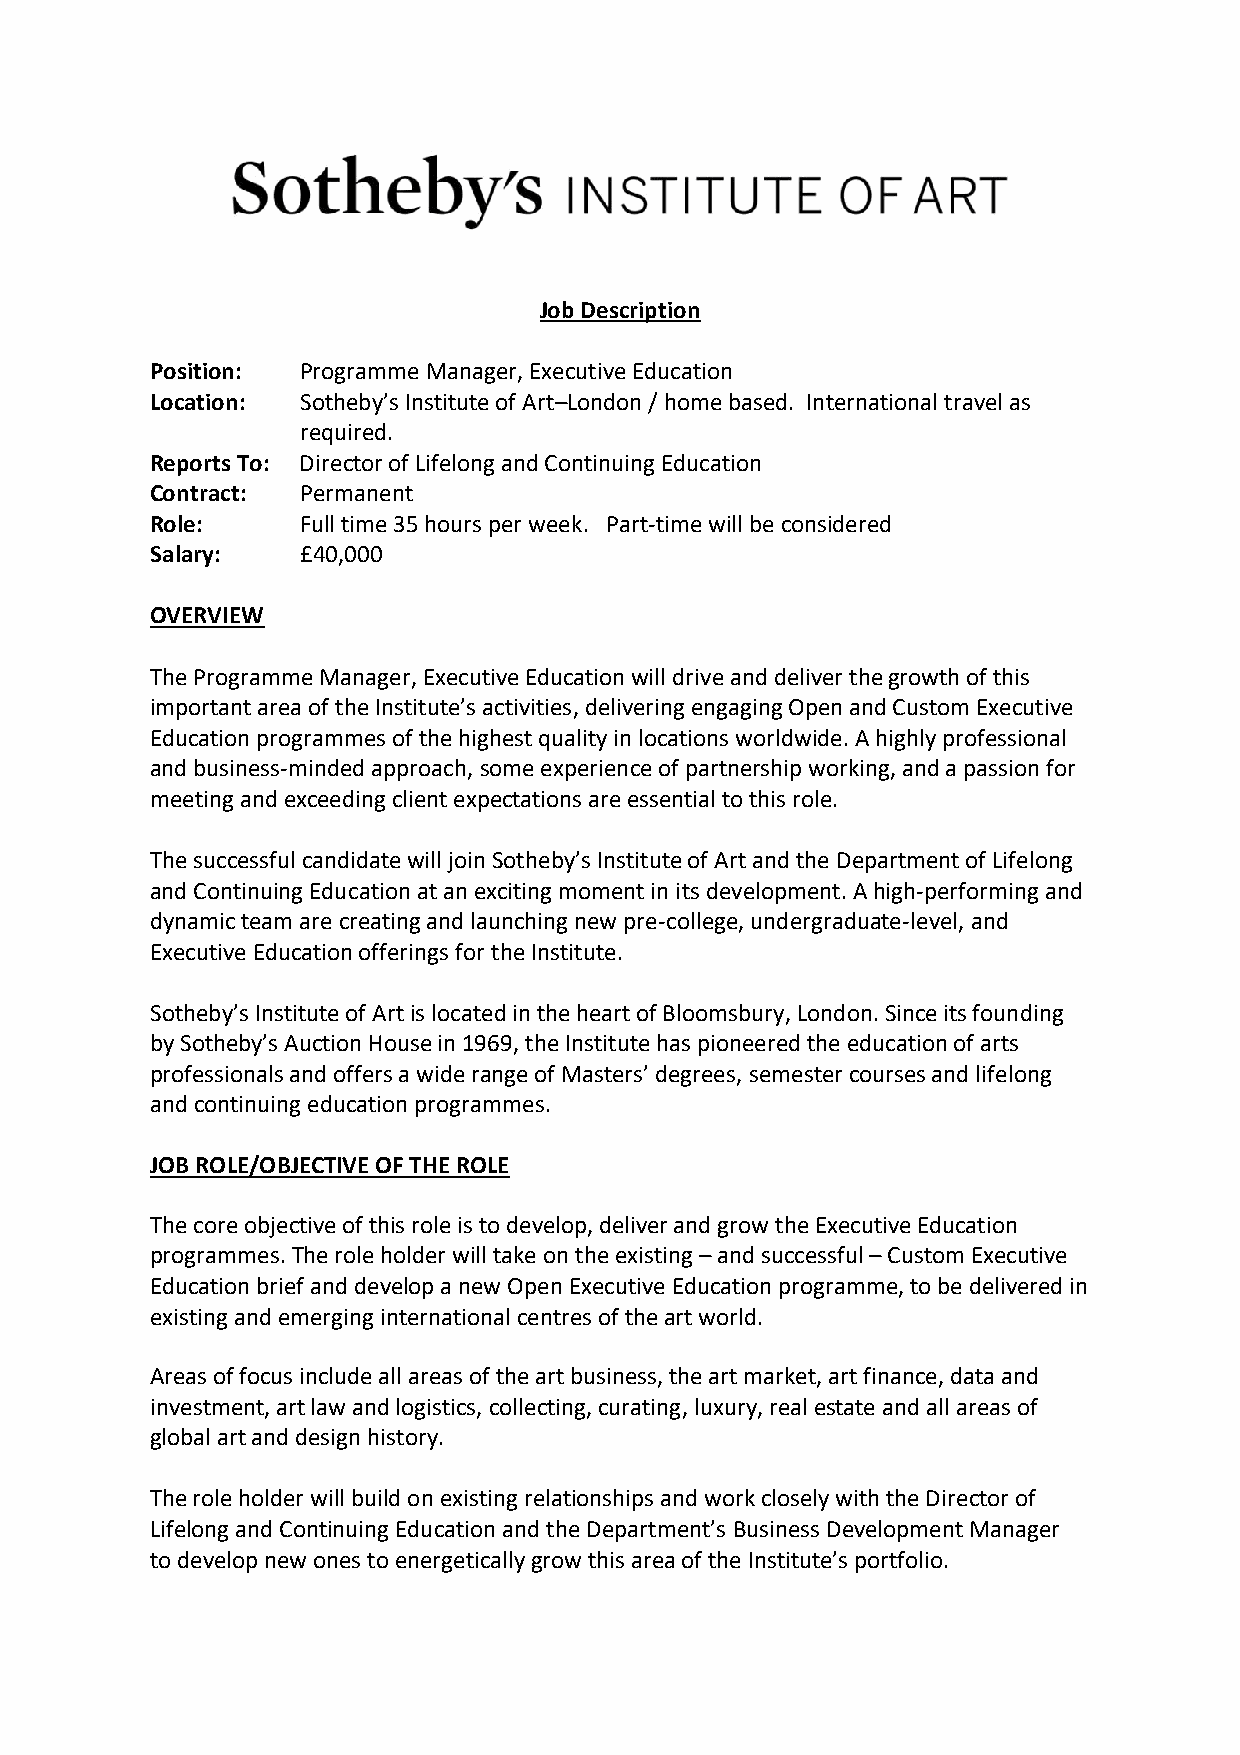
Job Description
 Position: Programme Manager, Executive Education
 Location: Sotheby’s Institute of Art–London / home based. International travel as
 required.
 Reports To: Director of Lifelong and Continuing Education
 Contract: Permanent
 Role:     Full time 35 hours per week. Part-time will be considered
 Salary:   £40,000
 OVERVIEW
 The Programme Manager, Executive Education will drive and deliver the growth of this
 important area of the Institute’s activities, delivering engaging Open and Custom Executive
 Education programmes of the highest quality in locations worldwide. A highly professional
 and business-minded approach, some experience of partnership working, and a passion for
 meeting and exceeding client expectations are essential to this role.
 The successful candidate will join Sotheby’s Institute of Art and the Department of Lifelong
 and Continuing Education at an exciting moment in its development. A high-performing and
 dynamic team are creating and launching new pre-college, undergraduate-level, and
 Executive Education offerings for the Institute.
 Sotheby’s Institute of Art is located in the heart of Bloomsbury, London. Since its founding
 by Sotheby’s Auction House in 1969, the Institute has pioneered the education of arts
 professionals and offers a wide range of Masters’ degrees, semester courses and lifelong
 and continuing education programmes.
 JOB ROLE/OBJECTIVE OF THE ROLE
 The core objective of this role is to develop, deliver and grow the Executive Education
 programmes. The role holder will take on the existing – and successful – Custom Executive
 Education brief and develop a new Open Executive Education programme, to be delivered in
 existing and emerging international centres of the art world.
 Areas of focus include all areas of the art business, the art market, art finance, data and
 investment, art law and logistics, collecting, curating, luxury, real estate and all areas of
 global art and design history.
 The role holder will build on existing relationships and work closely with the Director of
 Lifelong and Continuing Education and the Department’s Business Development Manager
 to develop new ones to energetically grow this area of the Institute’s portfolio.